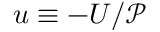
u \equiv - U / \mathcal { P }